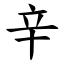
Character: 辛